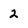
Character: 2